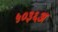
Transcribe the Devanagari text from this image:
५०३६अ